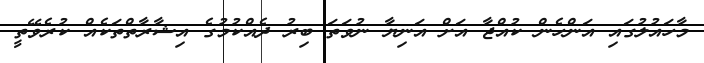
މާހައުލުގައި އަންހެން ކުއްޖާ އަށް އަނިޔާ ނުވަތަ ބިރު ދެއްކުމުގެ އިޝާރާތްތަކެއް ކުރެވޭތީ